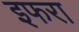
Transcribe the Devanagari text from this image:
इफरा